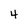
Character: 4